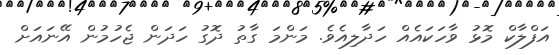
އަފްލާކް މޮޅު ވާހަކައެއް ހަދާލިއެވެ. މަންމަ ގާތު ދޮގު ހަދަން ޖެހުމުން އޭނައަށް